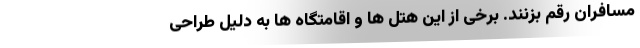
مسافران رقم بزنند. برخی از این هتل ها و اقامتگاه ها به دلیل طراحی